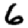
Digit: 6